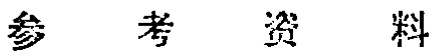
参考资料